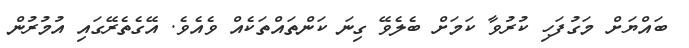
ބައްޔަށް މަގުފަހި ކުރުވާ ކަމަށް ބެލެވޭ ގިނަ ކަންތައްތަކެއް ވެއެވެ. އޭގެތެރޭގައި އުމުރުން